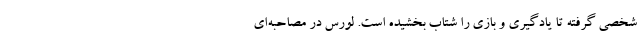
شخصی گرفته تا یادگیری و بازی را شتاب بخشیده است. لورس در مصاحبه‌ای